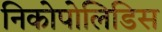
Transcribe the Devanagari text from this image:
निकोपोलिडिस